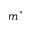
m ^ { * }